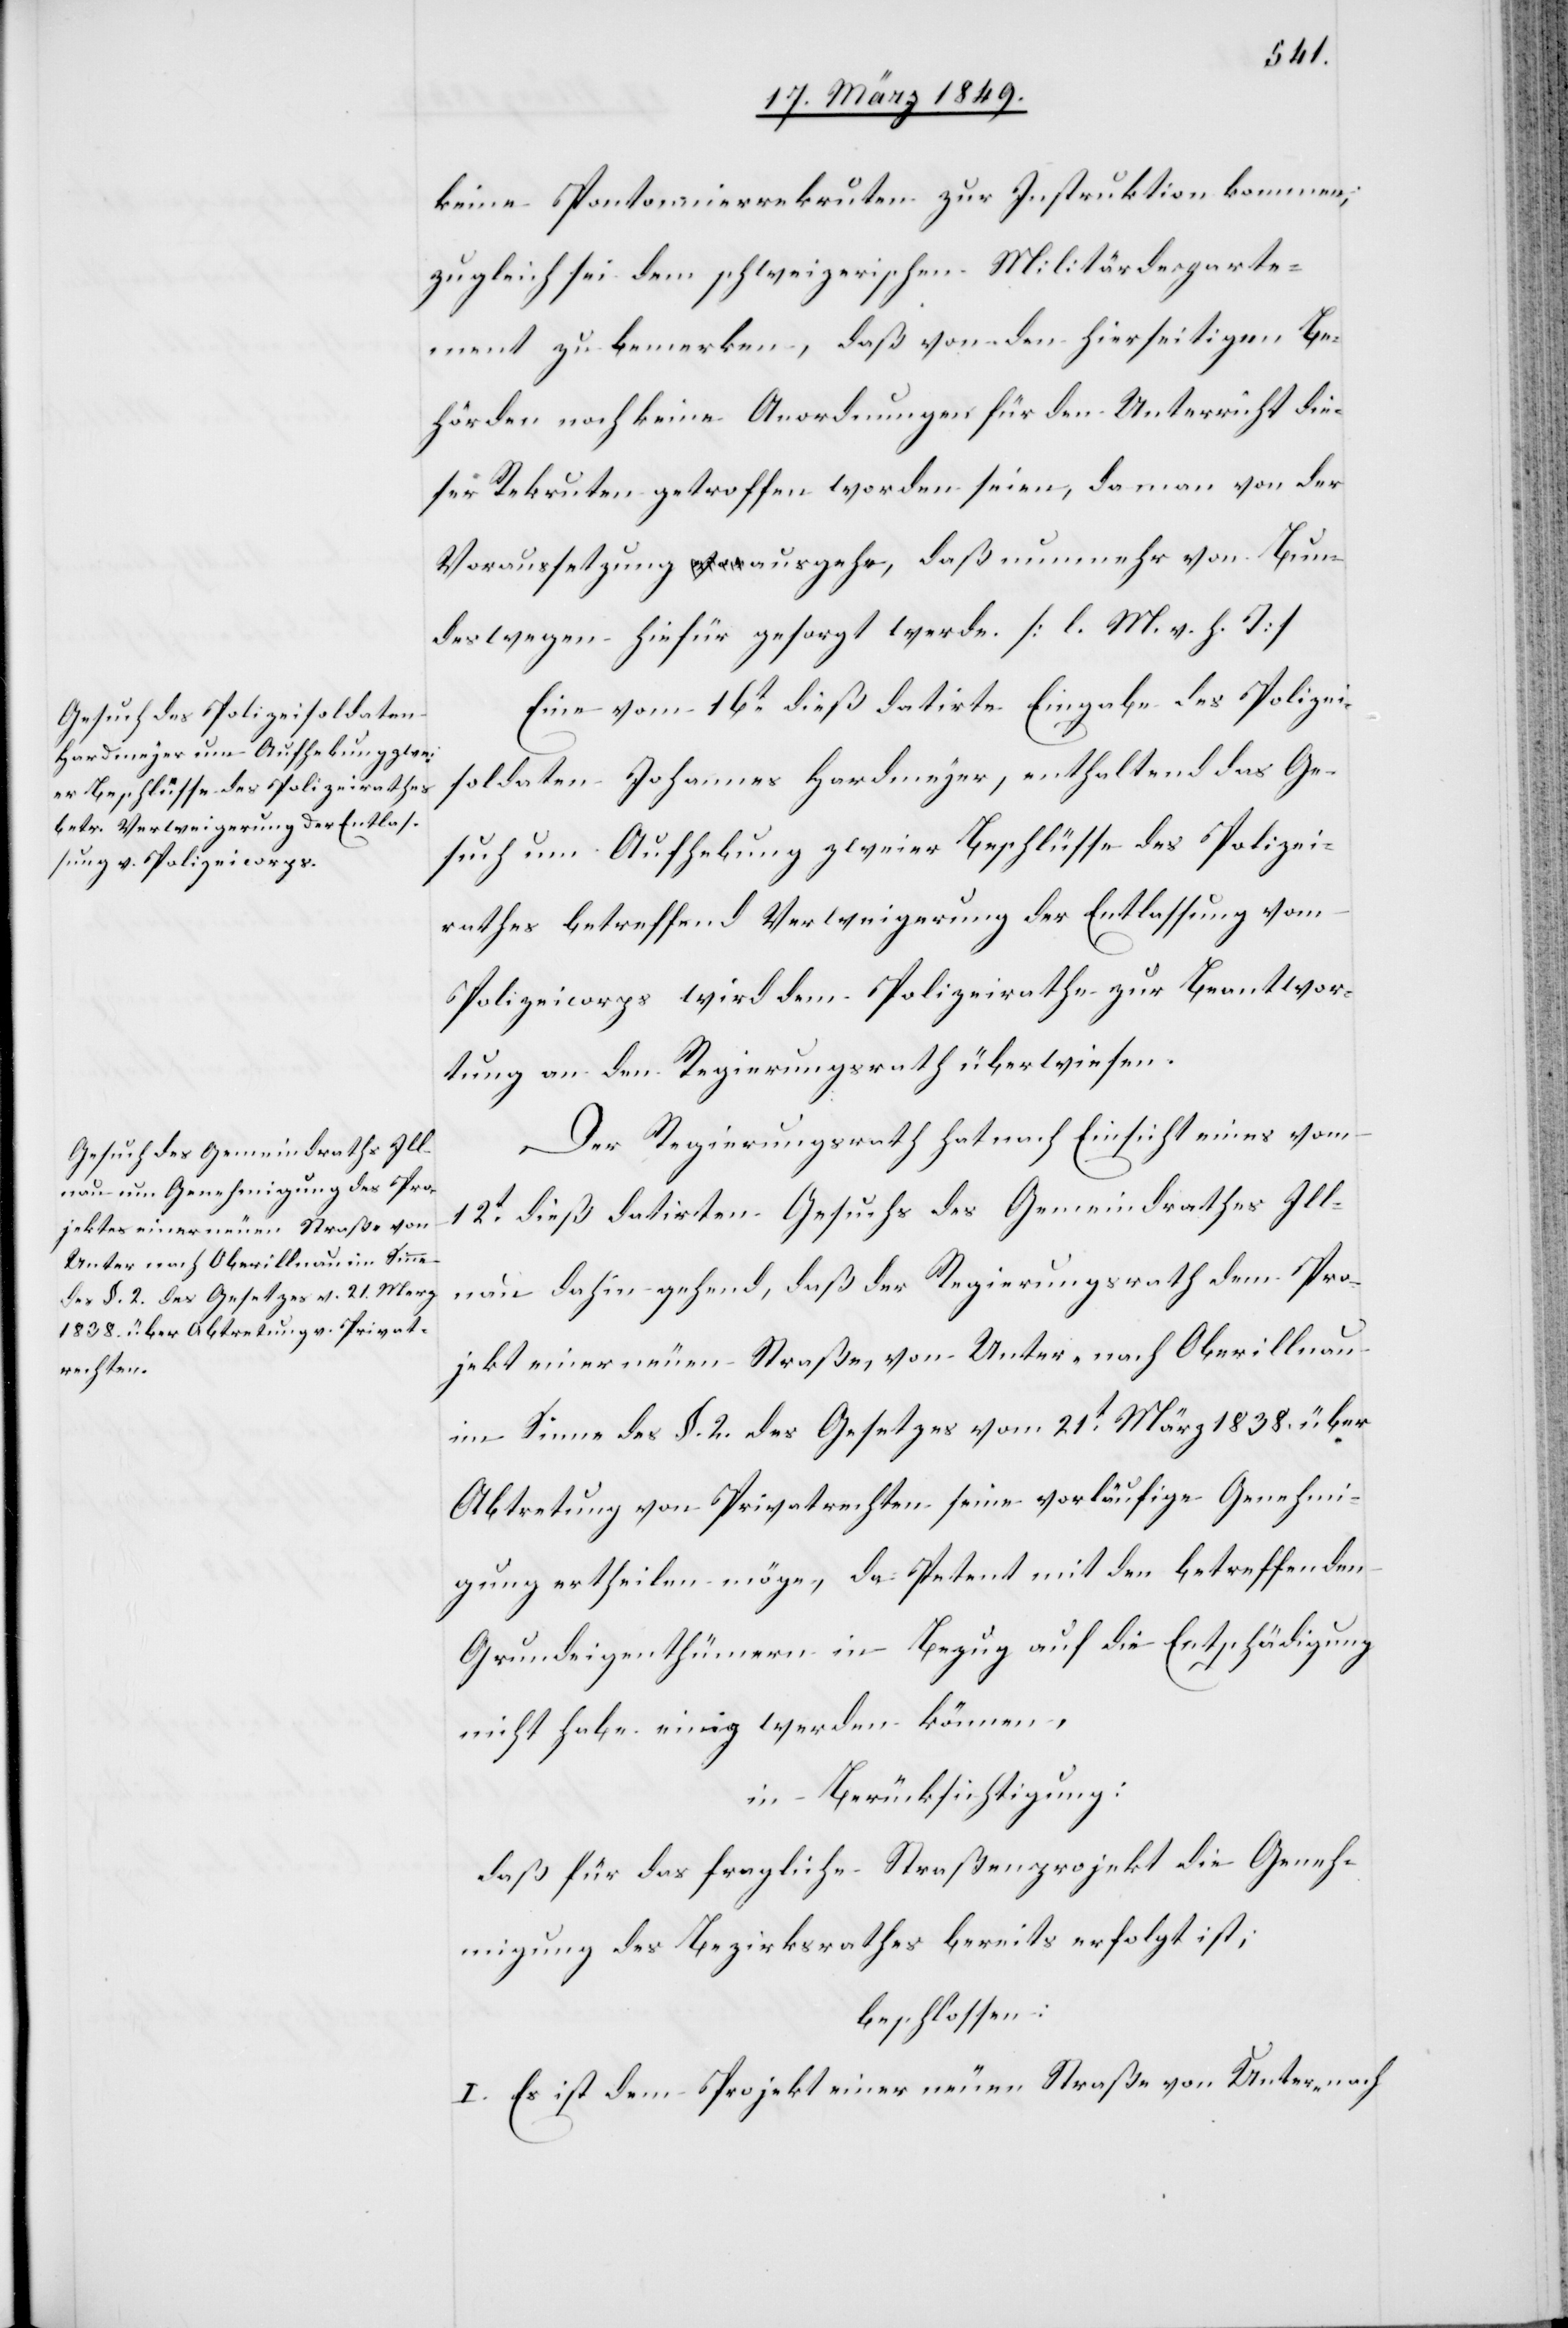
keine Pontonnierrekruten zur Instruktion kommen;
zugleich sei dem schweizerischen Militärdeparte¬
ment zu bemerken, daß von den hierseitigen Be¬
hörden noch keine Anordnungen für den Unterricht die¬
ser Rekruten getroffen worden seien, da man von der
Voraussetzung ausgehe, daß nunmehr von Bun¬
des wegen hiefür gesorgt werde. [l. M. v. h. T]
Eine vom 16t. dieß datirte Eingabe des Polizei¬
soldaten Johannes Hardmeyer, enthaltend das Ge¬
such um Aufhebung zweier Beschlüsse des Polizei¬
rathes betreffend Verweigerung der Entlassung vom
Polizeicorps wird dem Polizeirathe zur Beantwor¬
tung an den Regierungsrath überwiesen.
Der Regierungsrath hat nach Einsicht eines vom
12t. dieß datirten Gesuchs des Gemeindrathes Ill¬
nau dahin gehend, daß der Regierungsrath dem Pro¬
jekt einer neuen Straße, von Unter- nach Oberillnau
im Sinne des §. 2. des Gesetzes vom 21t. März 1838. über
Abtretung von Privatrechten seine vorläufige Genehmi¬
gung ertheilen möge, da Petent mit den betreffenden
Grundeigenthümern in Bezug auf die Entschädigung
nicht habe einig werden können,
in Berücksichtigung:
daß für das fragliche Straßenprojekt die Geneh¬
migung des Bezirksrathes bereits erfolgt ist;
beschlossen:
I. Es ist dem Projekt einer neuen Straße von Unter- nach